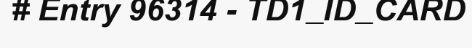
# Entry 96314 - TD1_ID_CARD